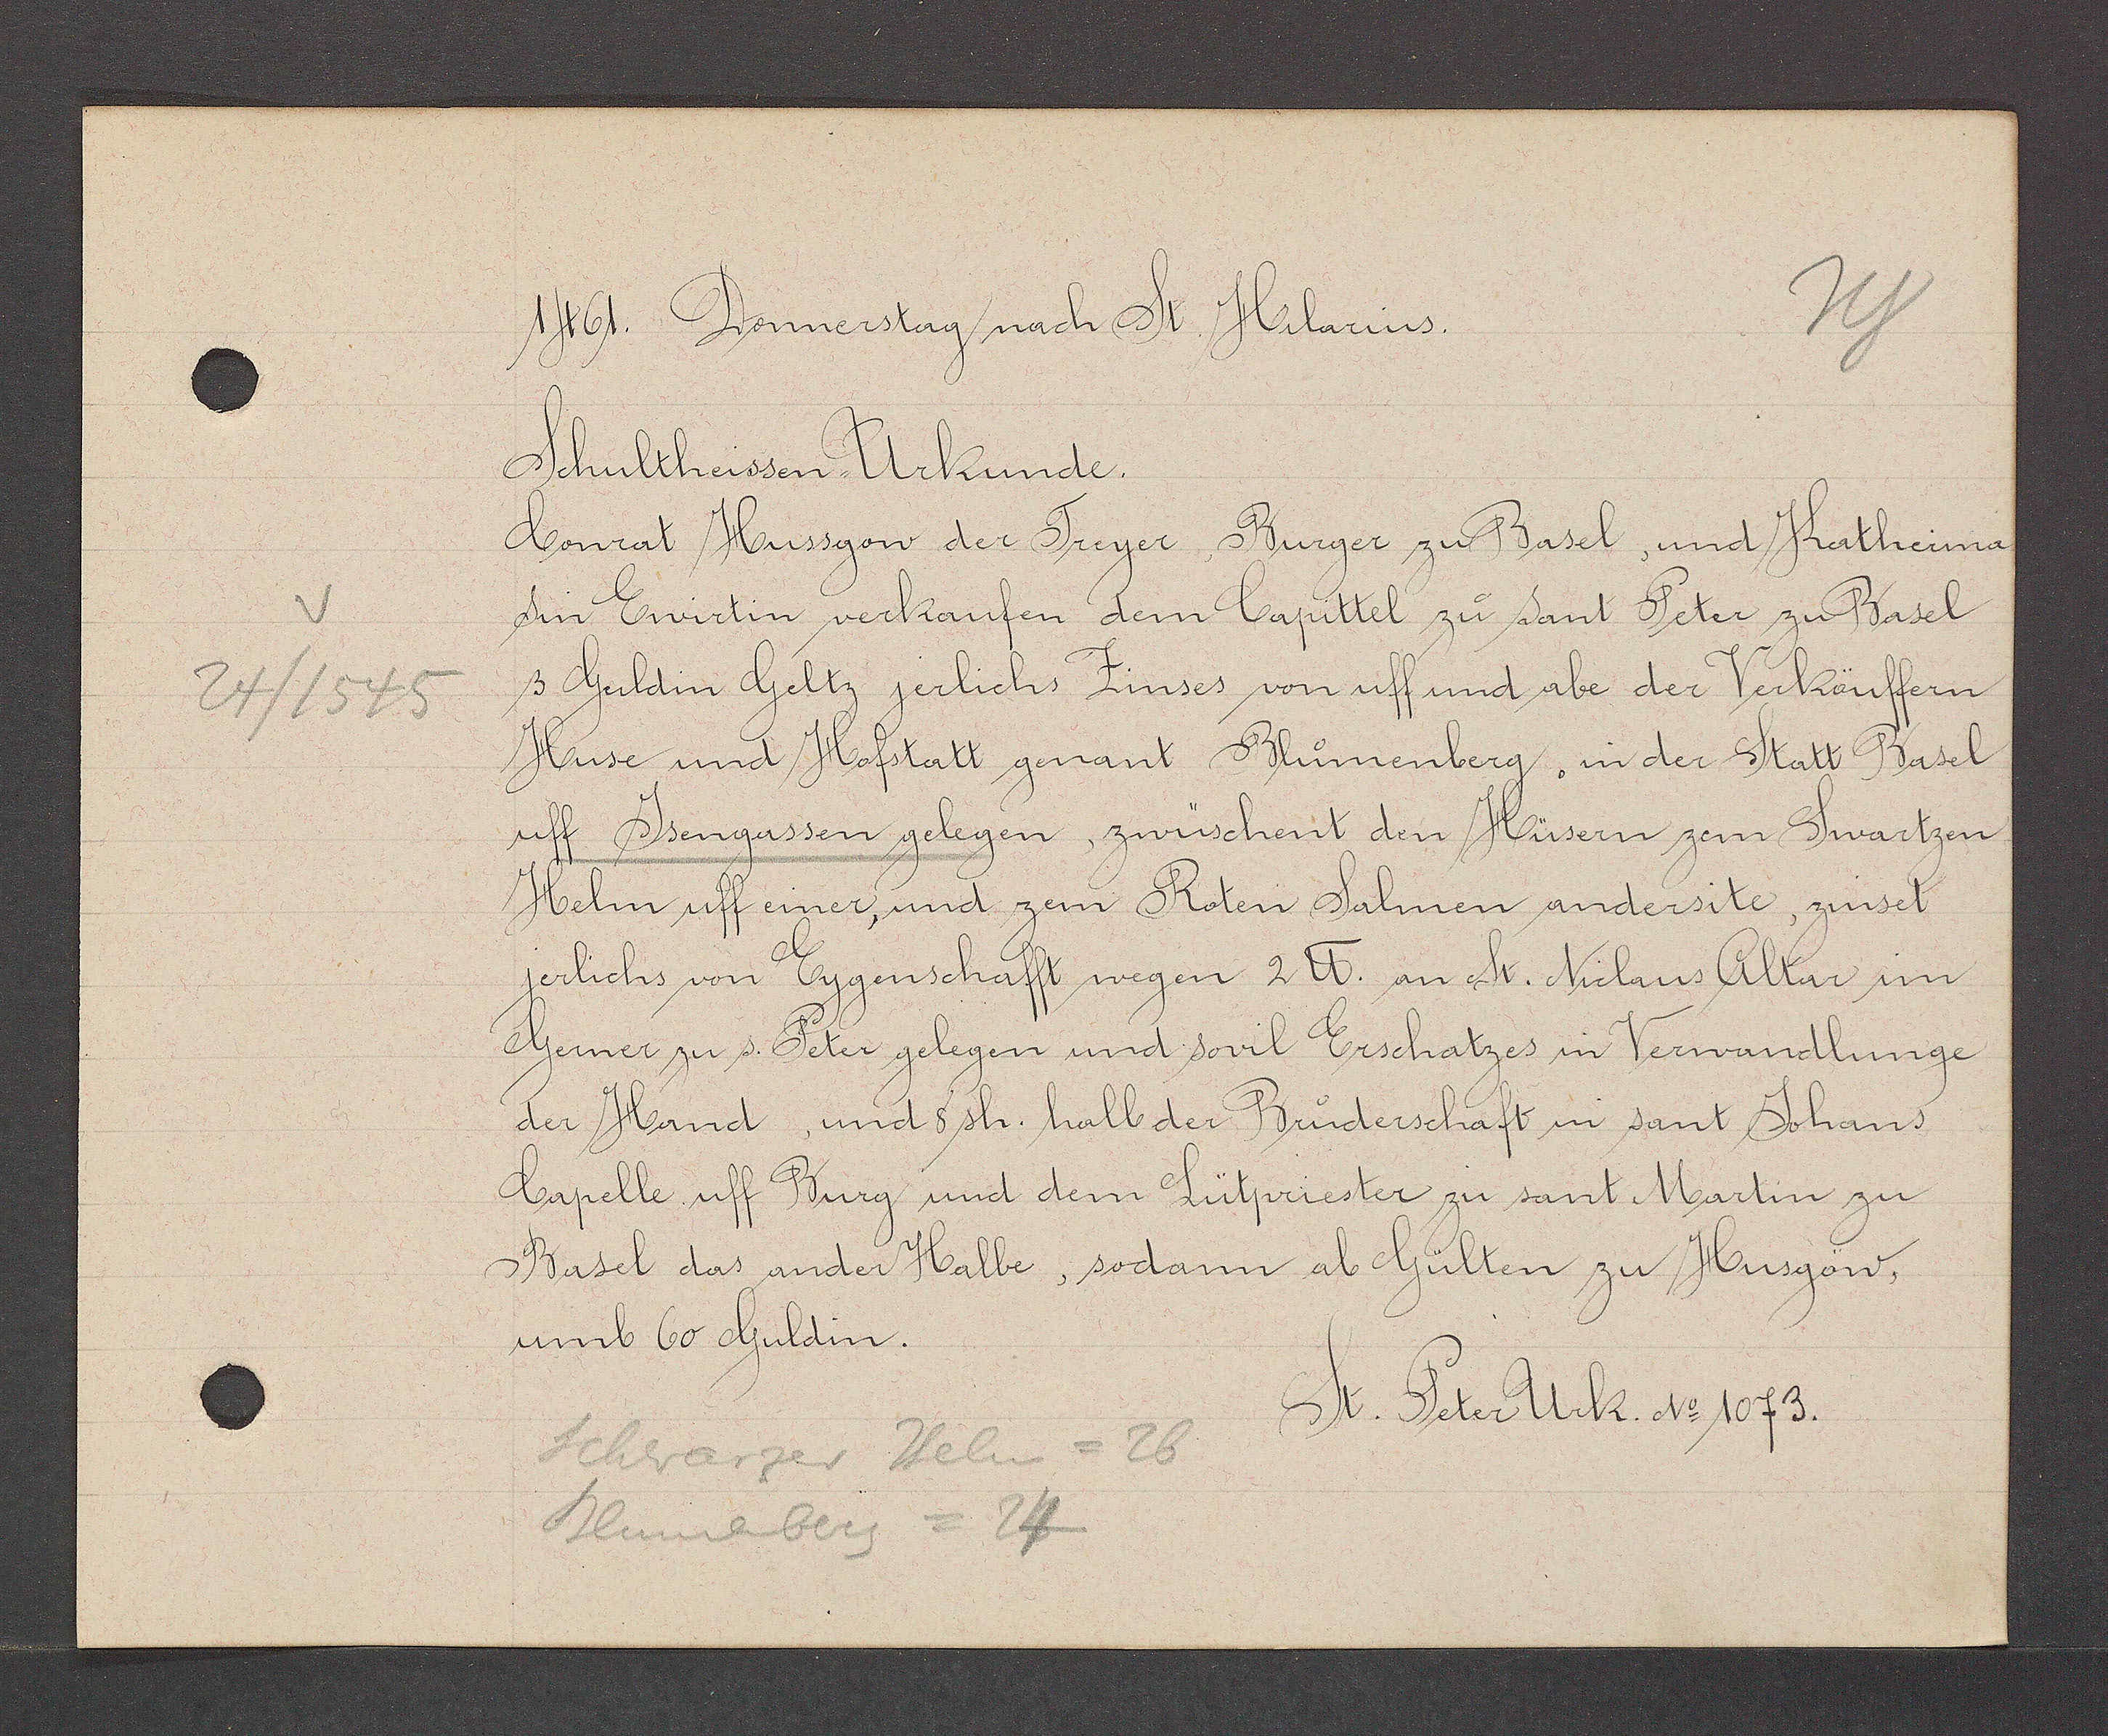
Transcript:
24/1545

1461. Donnerstag nach St. Hilarius.
Schultheissen Urkunde.
Conrat Hussgow der Treyer Burger zu Basel, und Katherina
Sin Ewirtin verkaufen denm Capittel zuo Sant Peter zu Basel
ß Guldin Geltz jerlichs Zinses von uff und abe der Verkäuffern
Huse und Hofstatt genant Bluomenberg. in der Satt Basel
uff Jsengassen gelegen, zwüschent den Hüsern zem Swartzen
Helm uff einer, und zem Roten Salmen andersite, zinset
jerlichs von Eygenschafft wegen 2 ℔. an St. Niclaus Altar im
Gerner zu s. Peter gelegen und sovil Erschatzes in Verwandlunge
der Hand, und 8 sh. halb der Bruoderschaft in sant Johans
Capelle uff Burg und dem Lütpriester zu sant Martin zu
Basel das ander Halbe, sodann ab Gülten zu Husgöw,
umb 60 Guldin.
St. Peter Urk. No 1073.
Schwarzer Helm = 26
Blumenberg = 24